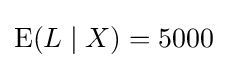
\operatorname {E} (L\mid X)=5000